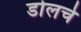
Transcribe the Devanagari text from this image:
डोलचे